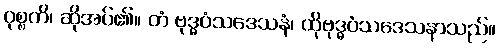
ဝုစ္စတိ၊ ဆိုအပ်၏။ တံ ဗုဒ္ဓဝံသဒေသနံ၊ ထိုဗုဒ္ဓဝံသဒေသနာသည်။